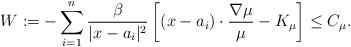
LaTeX: \begin{align*}W:=-\sum_{i=1}^n\frac{\beta}{|x-a_i|^2}\left[(x-a_i)\cdot\frac{\nabla\mu}{\mu}-K_\mu\right]\le C_\mu.\end{align*}